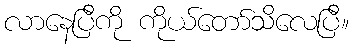
လာနေပြီကို ကိုယ်တော်သိလေပြီ။